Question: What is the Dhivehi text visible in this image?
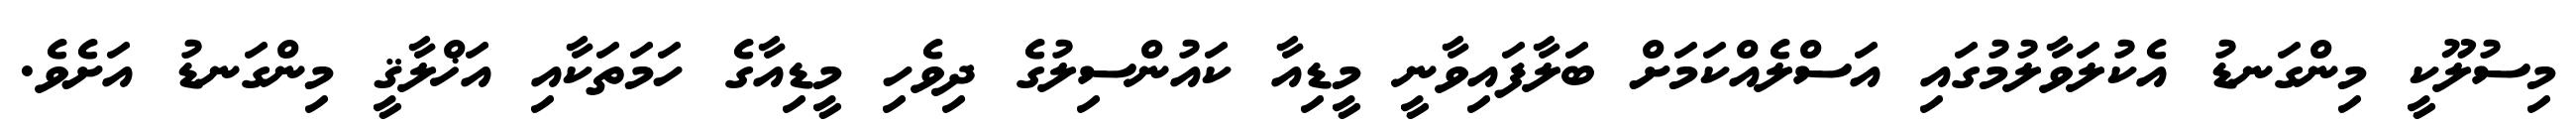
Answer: މިސުލޫކީ މިންގަނޑު އެކުލަވާލުމުގައި އަސްލެއްކަމަށް ބަލާފައިވާނީ މީޑިއާ ކައުންސިލުގެ ދިވެހި މީޑިއާގެ ހަމަތަކާއި އަޚްލާޤީ މިންގަނޑު އަށެވެ.